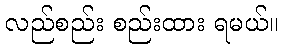
လည်စည်း စည်းထား ရမယ်။